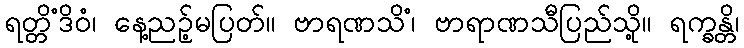
ရတ္တိံဒိဝံ၊ နေ့ညဉ့်မပြတ်။ ဗာရဏသိံ၊ ဗာရာဏသီပြည်သို့။ ရက္ခန္တိ၊